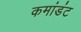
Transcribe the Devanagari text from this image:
कमांडंट